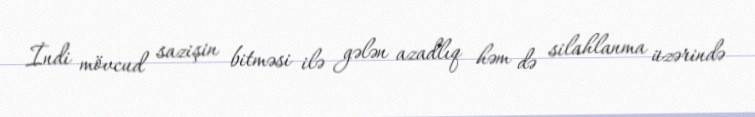
İndi mövcud sazişin bitməsi ilə gələn azadlıq həm də silahlanma üzərində